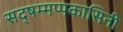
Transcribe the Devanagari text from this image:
सद्षम्मप्पकासिनी